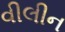
વીલીન